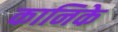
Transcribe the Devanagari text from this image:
कानिके